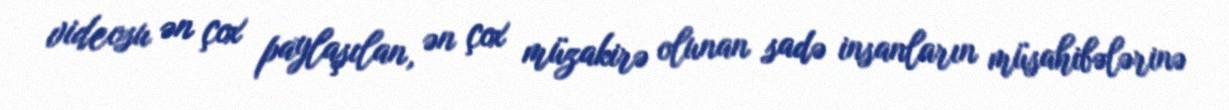
videosu ən çox paylaşılan, ən çox müzakirə olunan sadə insanların müsahibələrinə